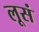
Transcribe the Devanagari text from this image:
लूसं